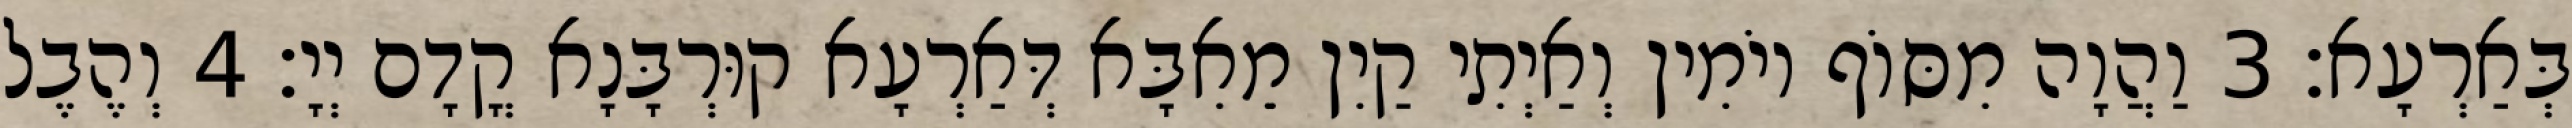
בְּאַרְעָא׃ 3 וַהֲוָה מִסּוֹף יוֹמִין וְאַיְתִי קַיִן מֵאִבָּא דְּאַרְעָא קוּרְבָּנָא קֳדָם יְיָ׃ 4 וְהֶבֶל